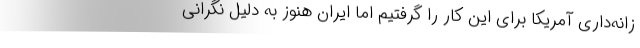
زانه‌داری آمریکا برای این کار را گرفتیم اما ایران هنوز به دلیل نگرانی